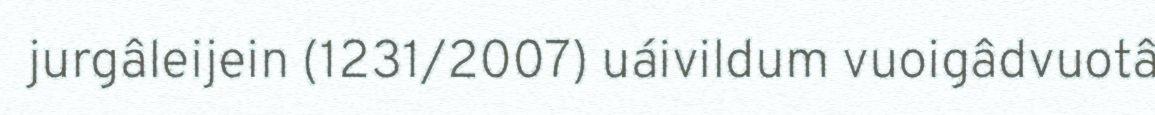
jurgâleijein (1231/2007) uáivildum vuoigâdvuotâ